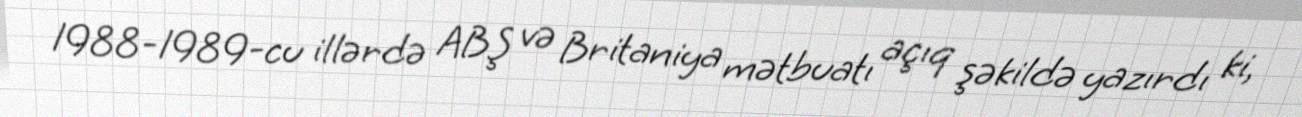
1988-1989-cu illərdə ABŞ və Britaniya mətbuatı açıq şəkildə yazırdı ki,